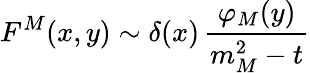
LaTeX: F^{M}(x,y)\sim\delta(x)\, \frac{\varphi_{M}(y)}{m_{M}^{2}-t}